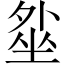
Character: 𡎥